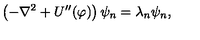
\left( - \nabla ^ { 2 } + U ^ { \prime \prime } ( \varphi ) \right) \psi _ { n } = \lambda _ { n } \psi _ { n } ,